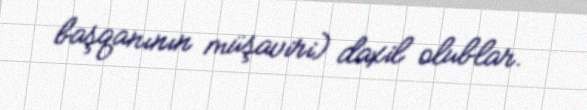
başqanının müşaviri) daxil olublar.